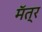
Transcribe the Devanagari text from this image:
मॅत्र